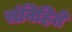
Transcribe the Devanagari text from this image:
संनिहिते